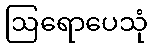
ဩရောပေသုံ